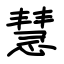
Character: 慧